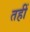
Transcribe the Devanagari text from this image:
तहीं